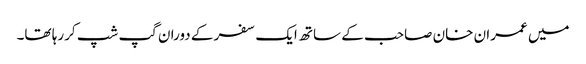
میں عمران خان صاحب کے ساتھ ایک سفر کے دوران گپ شپ کررہا تھا۔